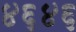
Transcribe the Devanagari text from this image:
४६४६